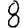
Digit: 8